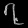
Digit: ၇